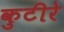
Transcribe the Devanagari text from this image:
कुटीरे